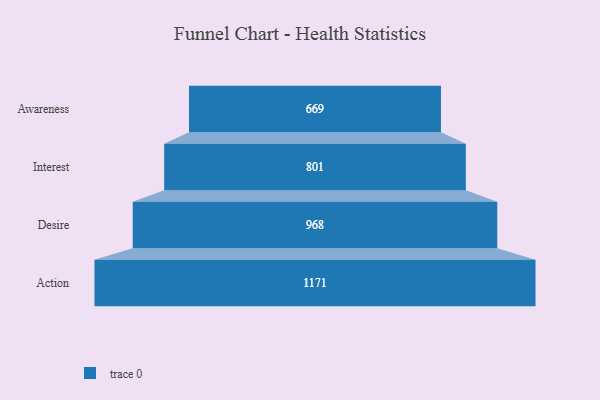
{"axis": {"x": "Stage", "y": "Value"}, "legend": [""], "data": [{"x": "Awareness", "y": 669.0, "type": ""}, {"x": "Interest", "y": 801.0, "type": ""}, {"x": "Desire", "y": 968.0, "type": ""}, {"x": "Action", "y": 1171.0, "type": ""}]}